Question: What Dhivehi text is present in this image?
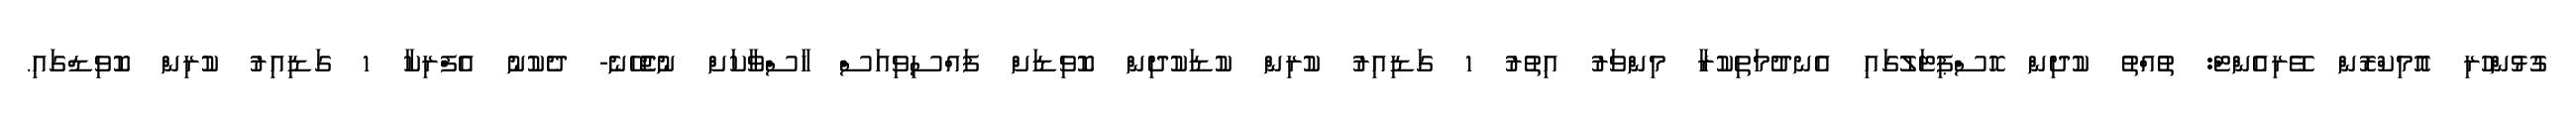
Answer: ގުޅުންހުރި އޮމިކްރޮން ވޭރިއެންޓް: ތުއްތު ކުދިން ހޮސްޕިޓަލުގައި އެނދުމަތިކުރާ މިންވަރު އިތުރު 1 ގަޑިއިރު ކުރިން ކުޑަކުދިން ކޮވިޑަށް ފައްސިވިއަސް ހާސްވާކަށް ނުޖެހޭނެ- ދެކުނު އެފްރިކާ 1 ގަޑިއިރު ކުރިން ކޮވިޑްގައި.